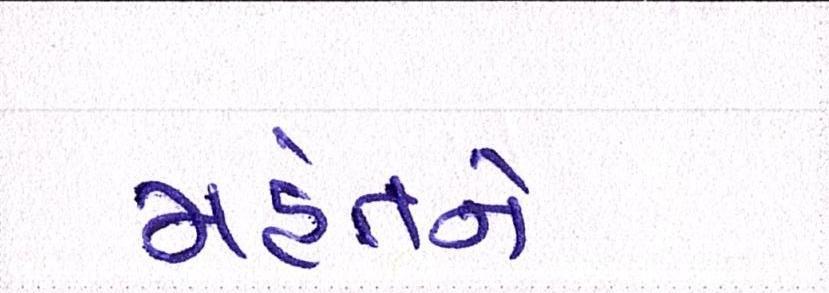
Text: મહંતને